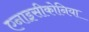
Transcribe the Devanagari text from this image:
एनाइसीकोनिया